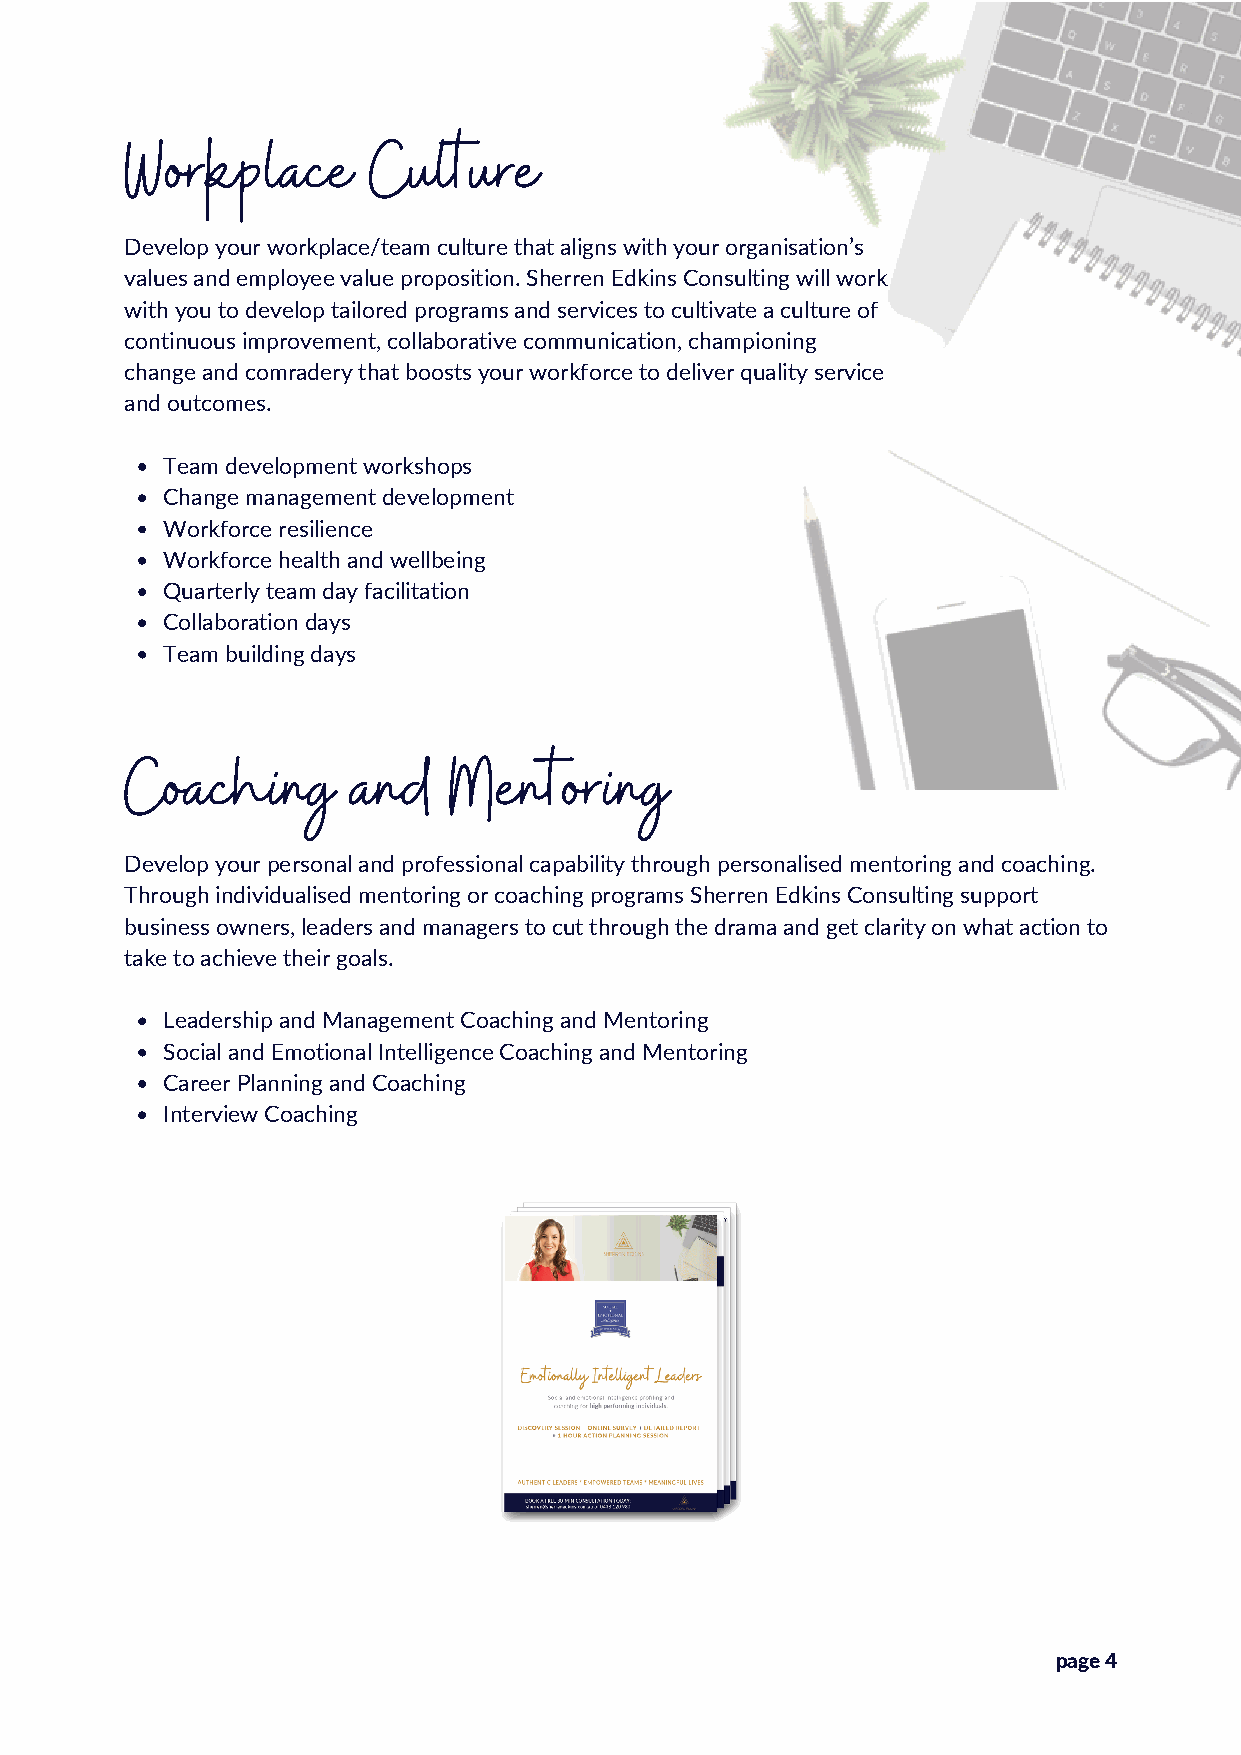
Workplace       Culture
 Develop your workplace/team culture that aligns with your organisation’s
 values and employee value proposition. Sherren Edkins Consulting will work
 with you to develop tailored programs and services to cultivate a culture of
 continuous improvement, collaborative communication, championing
 change and comradery that boosts your workforce to deliver quality service
 and outcomes.
 Team development workshops
 Change management development
 Workforce resilience
 Workforce health and wellbeing
 Quarterly team day facilitation
 Collaboration days
 Team building days
 Coaching       and    Mentoring
 Develop your personal and professional capability through personalised mentoring and coaching.
 Through individualised mentoring or coaching programs Sherren Edkins Consulting support
 business owners, leaders and managers to cut through the drama and get clarity on what action to
 take to achieve their goals.
 Leadership and Management Coaching and Mentoring
 Social and Emotional Intelligence Coaching and Mentoring
 Career Planning and Coaching
 Interview Coaching
 page 4